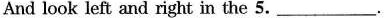
And look left and right in the 5.___